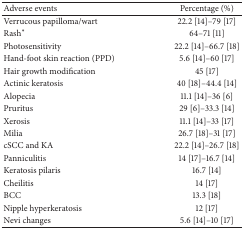
| Adverse events | Percentage (%) |
 | --- | --- |
 | Verrucous papilloma/wart | 22.2 [14]–79 [17] |
 | Rash∗ | 64–71 [11] |
 | Photosensitivity | 22.2 [14]–66.7 [18] |
 | Hand-foot skin reaction (PPD) | 5.6 [14]–60 [17] |
 | Hair growth modification | 45 [17] |
 | Actinic keratosis | 40 [18]–44.4 [14] |
 | Alopecia | 11.1 [14]–36 [6] |
 | Pruritus | 29 [6]–33.3 [14] |
 | Xerosis | 11.1 [14]–33 [17] |
 | Milia | 26.7 [18]–31 [17] |
 | cSCC and KA | 22.2 [14]–26.7 [18] |
 | Panniculitis | 14 [17]–16.7 [14] |
 | Keratosis pilaris | 16.7 [14] |
 | Cheilitis | 14 [17] |
 | BCC | 13.3 [18] |
 | Nipple hyperkeratosis | 12 [17] |
 | Nevi changes | 5.6 [14]–10 [17] |